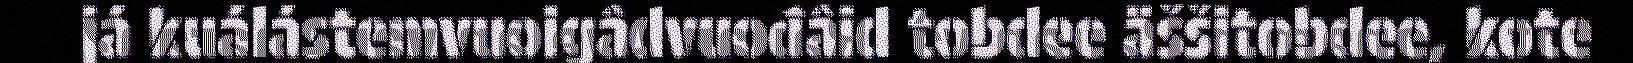
já kuálástemvuoigâdvuođâid tobdee äššitobdee, kote